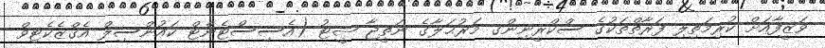
ވަޒީފާއަށް ކުރިމަތިލި ފަރާތްތަކުގެ ސްކްރީނިންގ މަރުޙަލާގެ ނަތީޖާ ޝީޓު (އެސިސްޓެންޓް ކައުންސިލް އެގްޒެކެޓިވް